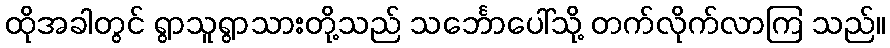
ထိုအခါတွင် ရွာသူရွာသားတို့သည် သင်္ဘောပေါ်သို့ တက်လိုက်လာကြ သည်။